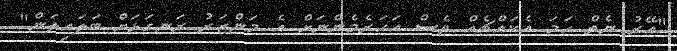
"އޭރު ނެތް ހަމަ އެކައްޗެއް ވެސް އަހަރެމެންނަށް އެ މަންޒަރު ރަނގަޅަށް ބަލައިލަން"